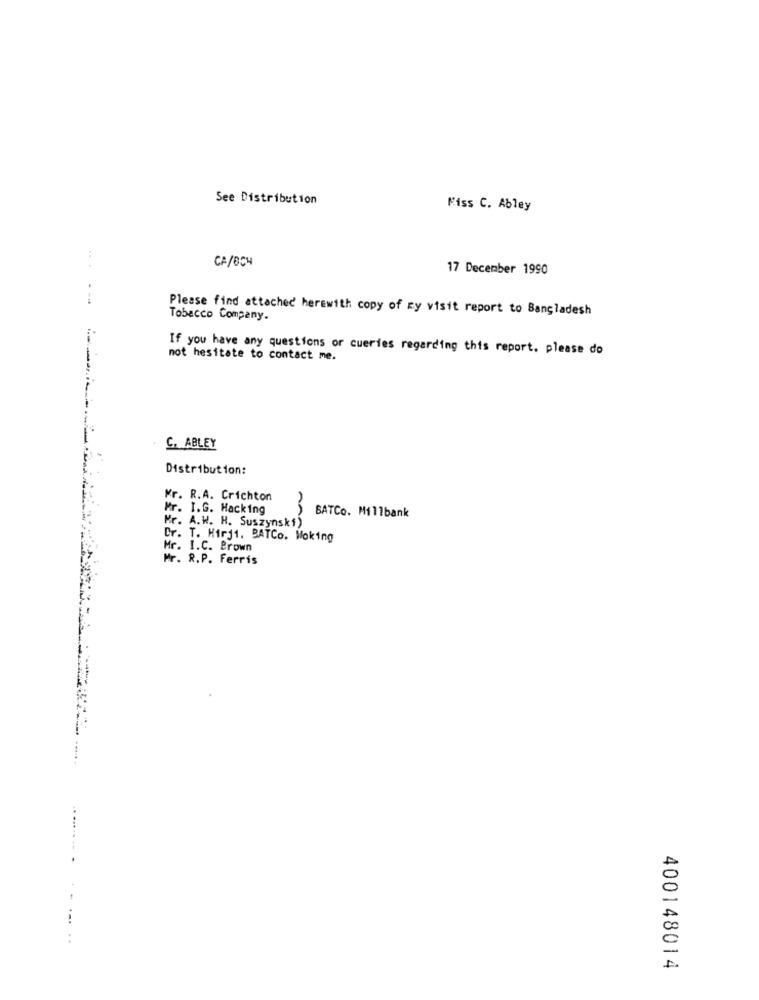
See Distribution
Miss C. Abley
CA/BCH
17 December 1990
---
Please find attached herewith copy of ry visit report to Bangladesh
Tobacco Company.
If you have any questions or cueries regarding this report. please do
not hesitate to contact me.
C. ABLEY
Distribution:
Mr. R.A. Crichton
Mr. I.G. Hacking
Mr. A.W. H. Suszynski)
BATCo. Millbank
Dr. T. Hirji. BATCo. Woking
Mr. I.C. Brown
Mr. R.P. Ferris
400148014